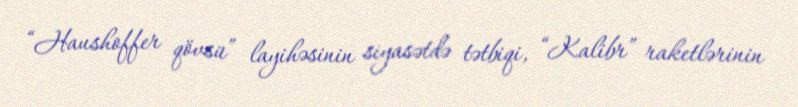
“Haushoffer qövsü” layihəsinin siyasətdə tətbiqi, “Kalibr” raketlərinin